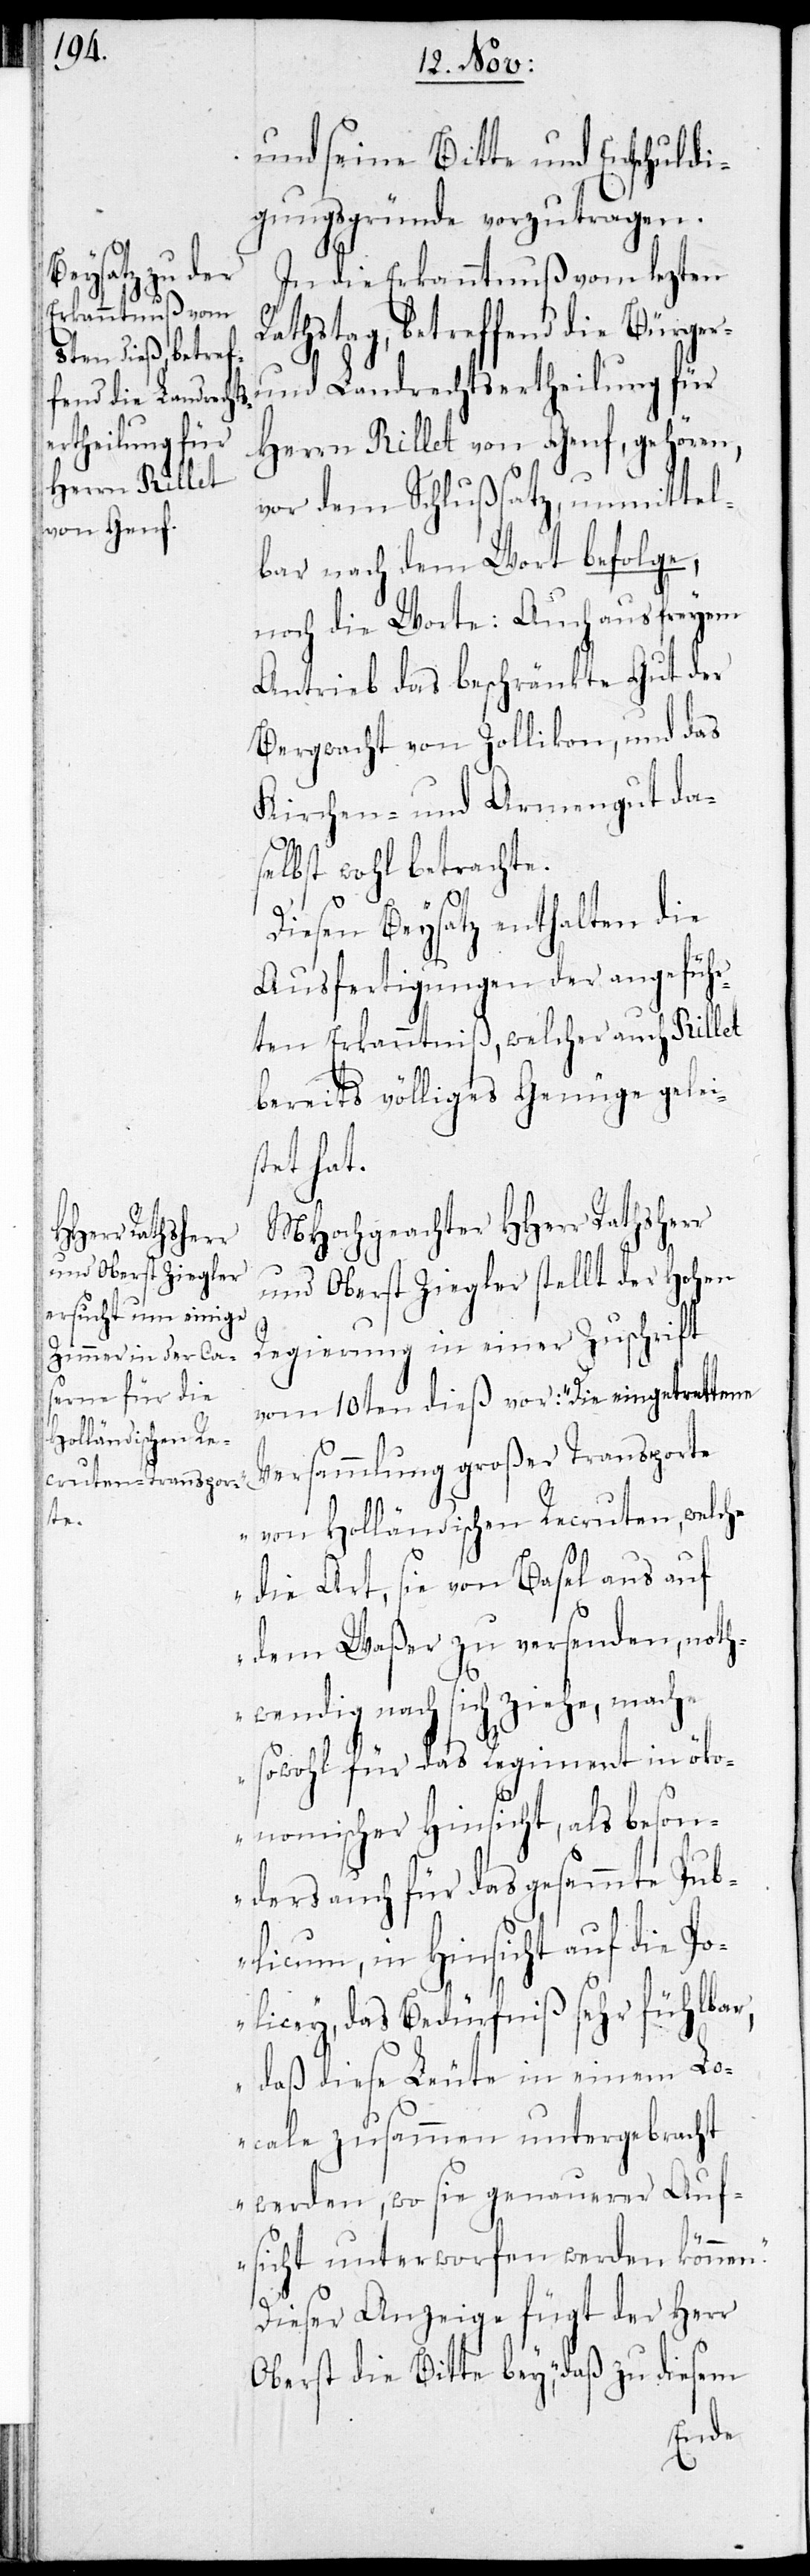
und seine Bitte und Entschuldi¬
gungsgründe vorzutragen.
In die Erkanntnuß vom lezten
thstag, betreffend die Bürge¬
Landrechts¬
ertheilung für
Herrn Rillet von Genf, gehören,
vor dem Schlußsatz, unmittel¬
bar nach dem Wort befolge,
noch die Worte: Auch aus freyem
Antrieb das beschränkte Gut der
Bergwacht von Zollikon, und das
Kirchen- und Armengut das¬
elbst wohl betrachte.
n.“
Diesen Beysatz enthalten die
Ausfertigungen der angeführ¬
ten Erkanntniß, welcher auch Rillet
bereits völliges Genüge gelei¬
tet hat.
MHochgeachter HHerr Rathsherr
und Oberst Ziegler stellt der Hohen
Regierung in einer Zuschrift
vom 10ten dieß vor: „Die eingetrettene
Versammlung großer Transporte
von Holländischen Recruten, welche
die Art, sie von Basel aus auf
dem Waßer zu versenden, noth¬
wendig nach sich ziehe, mache
sowohl für das Regiment in öko¬
nomischer Hinsicht, als beson¬
ders auch für das gesammte Pub¬
licum, in Hinsicht auf die Po¬
licey, das Bedürfniß sehr fühlbar,
daß diese Leute in einem Lo¬
cale zusammen untergebracht
werden, wo sie genauerer Auf¬
sicht unterworfen werden könne¬
Dieser Anzeige fügt der Herr
Oberst die Bitte bey, „daß zu diesem